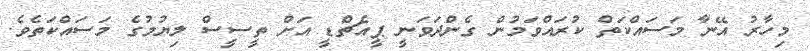
މިހާރު އޭނާ މަސައްކަތް ކުރައްވަމުން ގެންދަވަނީ ޕީއެޗްޑީ އަށް ތީސީސް ލިޔުމުގެ މަސައްކަތެވެ.